Lunatic asylums in Bengal annual reports 1899-1911 - 1899-1911
Year: 1899
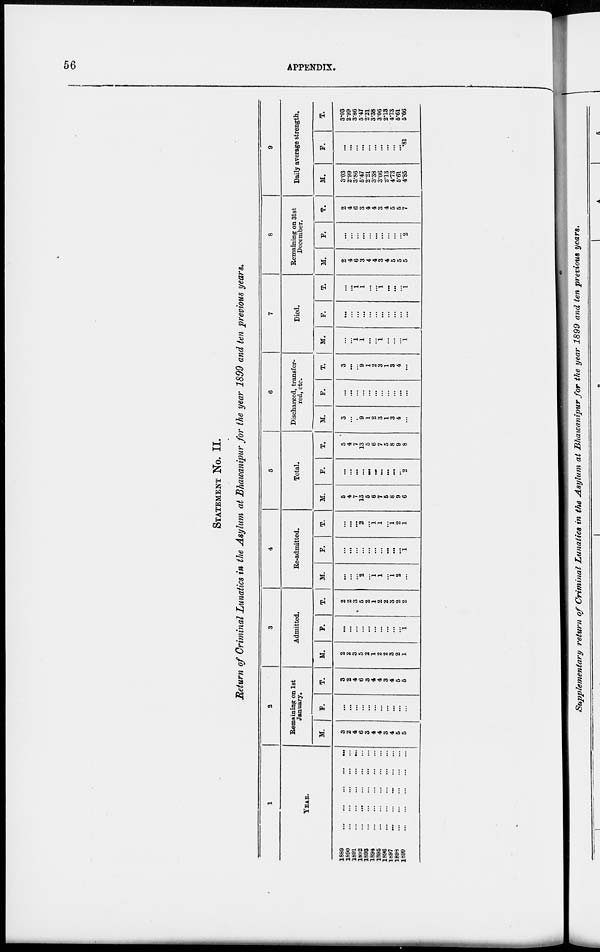
56
APPENDIX.
STATEMENT No. II.
Return of Criminal Lunatics in the Asylum at Bhawanipur for the year 1899 and ten previous years.
1
YEAR.
1889
...
...
...
...
...
1890
...
...
...
...
...
1891
...
...
...
...
...
1892
...
...
...
...
...
1893
...
...
...
...
...
1894
...
...
...
...
...
1895
...
...
...
...
...
1896
...
...
...
...
...
1897
...
...
...
...
...
1898
...
...
...
...
...
1899
...
...
...
...
...
2
Remaining on 1st
January.
M.
3
2
4
6
3
4
4
3
4
5
5
F.
...
...
...
...
...
...
...
...
...
...
...
T.
3
2
4
6
3
4
4
3
4
5
5
3
Admitted.
M.
2
2
3
5
2
1
2
2
3
2
1
F.
...
...
...
...
...
...
...
...
...
...
1
T.
2
2
3
5
2
1
2
2
3
2
2
4
Re-admitted.
M.
...
...
...
2
...
1
1
...
1
2
...
F.
...
...
...
...
...
...
...
...
...
...
1
T.
...
...
...
2
...
1
1
...
1
2
1
5
Total.
M.
5
4
7
13
5
6
7
5
8
9
6
F.
...
...
...
...
...
...
...
...
...
...
2
T.
5
4
7
13
5
6
7
5
8
9
8
6
Discharged, transfer-
red, etc.
M.
3
...
...
9
1
2
3
1
3
4
...
F.
...
...
...
...
...
...
...
...
...
...
...
T.
3
...
...
9
1
2
3
1
3
4
...
7
Died.
M.
...
...
1
1
...
...
1
...
...
...
1
F.
...
...
...
...
...
...
...
...
...
...
...
T.
...
...
1
1
...
...
1
...
...
...
1
8
Remaining on 31st
December.
M.
2
4
6
3
4
4
3
4
5
5
5
F.
...
...
...
...
...
...
...
...
...
...
2
T.
2
4
6
3
4
4
3
4
5
5
7
9
Daily average strength.
M.
3.03
2.99
3.86
5.47
2.21
3.38
3.06
2.13
4.73
5.6l
4.85
F.
...
...
...
...
...
...
...
...
...
...
.81
T.
3.03
2.99
3.86
5.47
2.21
3.38
3.06
2.13
4.73
5.61
5.66